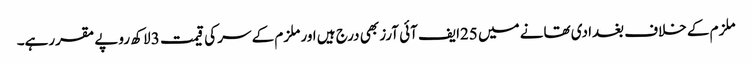
ملزم کے خلاف بغدادی تھانے میں 25ایف آئی آرز بھی درج ہیں اور ملزم کے سر کی قیمت 3 لاکھ روپے مقررہے۔